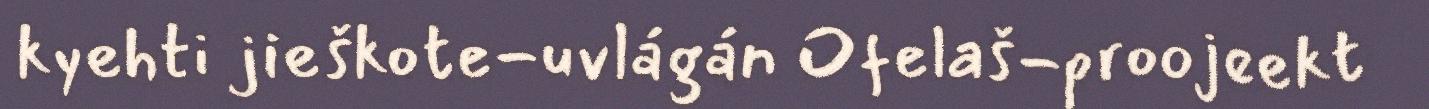
kyehti jieškote-uvlágán Ofelaš-proojeekt